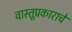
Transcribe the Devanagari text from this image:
वास्तूप्रकाराचे